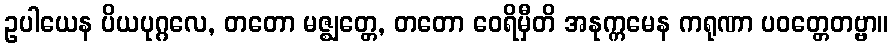
ဥပါယေန ပိယပုဂ္ဂလေ, တတော မဇ္ဈတ္တေ, တတော ဝေရိမှီတိ အနုက္ကမေန ကရုဏာ ပဝတ္တေတဗ္ဗာ။